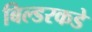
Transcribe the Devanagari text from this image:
बिल्डरकडे